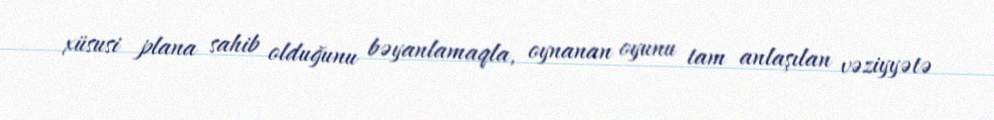
xüsusi plana sahib olduğunu bəyanlamaqla, oynanan oyunu tam anlaşılan vəziyyətə